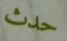
حدث